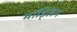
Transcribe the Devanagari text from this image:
मॉड्लिंग